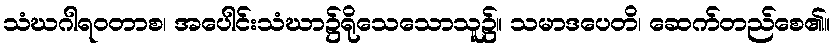
သံဃဂါရဝတာစ၊ အပေါင်းသံဃာ၌ရိုသေသောသူ၌။ သမာဒပေတိ၊ ဆေက်တည်စေ၏။